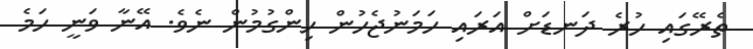
ތެރޭގައި ހުރެ ދަނޑަށް އަރައި ހަމަނުޖެހުން ހިންގުމުން ނެވެ. އޭނާ ވަނީ ހަމެ